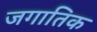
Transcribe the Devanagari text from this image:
जगातिक